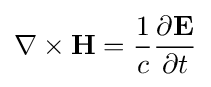
\nabla \times \mathbf {H} ={\frac {1}{c}}{\frac {\partial \mathbf {E} }{\partial t}}